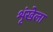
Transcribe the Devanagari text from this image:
शृंखेला